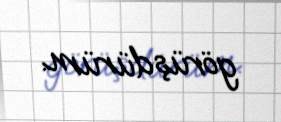
görüşdürüm.